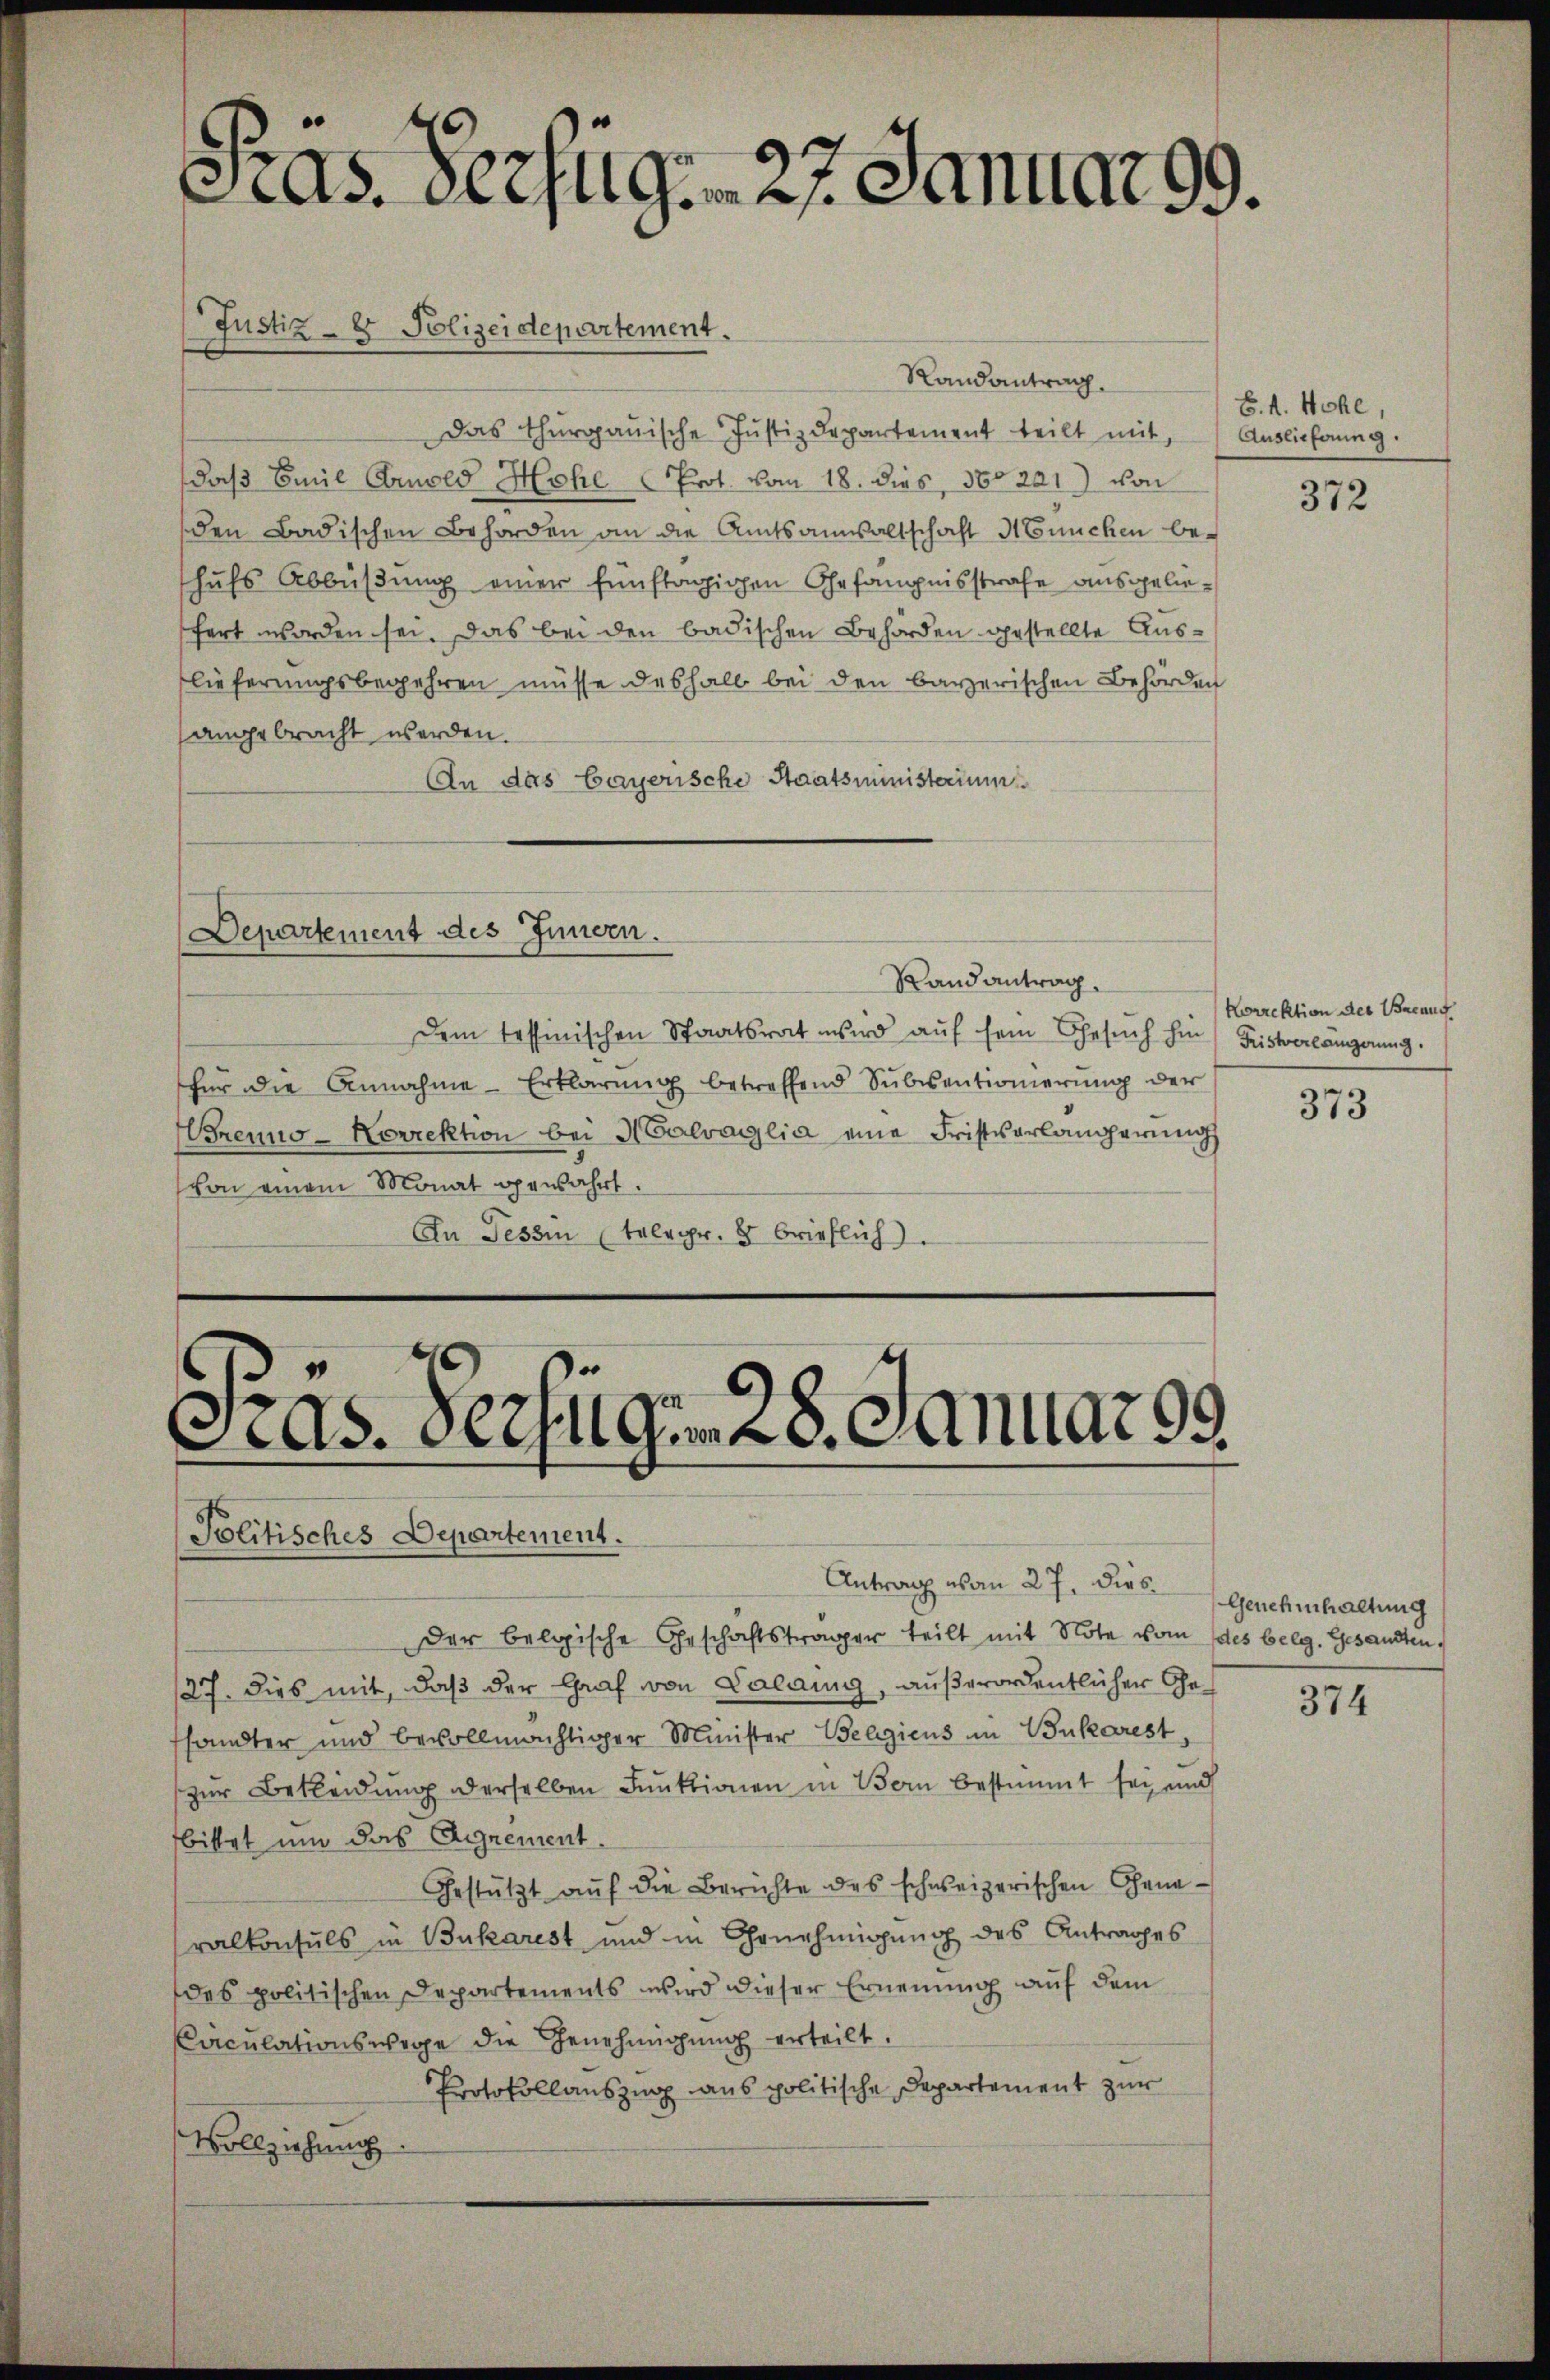
Las. Verzug. 27. Januar 99.

Justiz- & Polizeidepartement.

Departement des Innern.

Randantrag.
Das Thurgauische Justizdepartement teilt mit,
daß Emil Arnold Hohe Prot. vom 18. dies, 160201) von
den Badischen Behörden an die Amtsanwaltschaft München behufs Abbüßung einer fünftägigen Ehefängnisstrafe ausgeliesfert worden sei. Das bei den badischen Behörden gestellte Auslieferungsbegehren müsse deshalb bei den bayerischen Behörden
sangebracht werden.
An das bayerische Staatsministerium

Randantrag.
Dem tessinischen Staatsrat wird aŭf sein Gesŭch hin Fristerlängerŭng.
für die Annahme-Erklärŭng betreffend Subventionierŭng der
Worenno-Korrektion bei Salvaglia eine Fristvorlängerung
von einem Monat gewahrt.
An Tessin telegr. 8 Brieflich).

Präs. Verfüg 28. Januar 99.

Politisches Departement.
Der belgische Geschäftsträger teilt mit Note vom des belg. Gesandten,
/27. Dies mit, daß der Graf von Palang, außerordentlicher Gefhandter und bevollmächtiger Minister Belgiens in Bukarest,
zur Bekleidung derselben Funktionen in Bern bestimmt sei, und
bittet um das Agnement.
Gestützt aŭf die Berichte des schweizerischen Gena-
ralkonsuls in Bukarest und in Genehmigung des Antrages
des politischen Departements wird dieser Ernennung auf dem
Caculationswege die Genehmigung erteilt.
Protokollauszug aus politische Departement zur
Vollziehung

Antrag von 27. Die Genehmhaltung

E. d. Mehl,
Auslieferung.

372

Korrektion des Braut

373

374